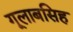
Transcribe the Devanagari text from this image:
गूलाबसिह